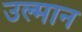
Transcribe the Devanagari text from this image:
उल्मान